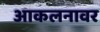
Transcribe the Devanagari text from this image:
आकलनावर